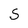
Character: S